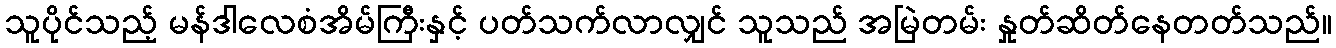
သူပိုင်သည့် မန်ဒါလေစံအိမ်ကြီးနှင့် ပတ်သက်လာလျှင် သူသည် အမြဲတမ်း နှုတ်ဆိတ်နေတတ်သည်။